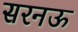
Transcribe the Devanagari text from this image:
सरनऊ